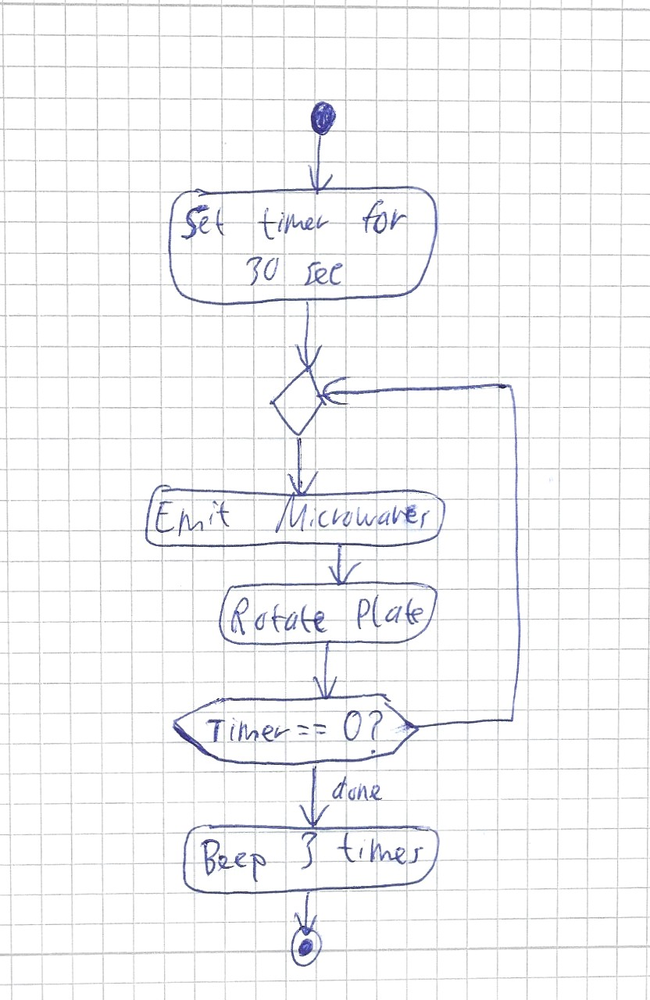
Diagram type: activity_diagram
```plantuml
@startuml

start
:Set timer for 30 sec;
repeat
  :Emit Microwaves;
  :Rotate Plate;
repeat while (Timer == 0?) not (done)
:Beep 3 times;
stop

@enduml
```